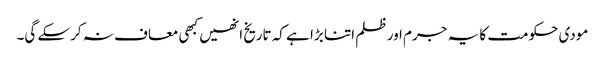
مودی حکومت کا یہ جرم اور ظلم اتنا بڑا ہے کہ تاریخ انھیں کبھی معاف نہ کرسکے گی۔